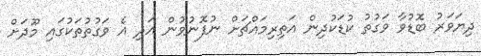
ދިޔަވަރު ބޮޑުވާ ވަގުތު ކުޑަކުދިން އަތިރިމައްޗަށް ނުފޮނުވުން އަދި އެ ވަގުތުތަކުގައި މޫދަށް